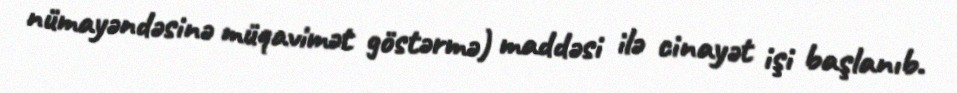
nümayəndəsinə müqavimət göstərmə) maddəsi ilə cinayət işi başlanıb.